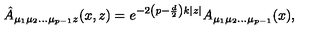
\hat { A } _ { \mu _ { 1 } \mu _ { 2 } \ldots \mu _ { p - 1 } z } ( x , z ) = e ^ { - 2 \left( p - \frac { d } { 2 } \right) k | z | } A _ { \mu _ { 1 } \mu _ { 2 } \ldots \mu _ { p - 1 } } ( x ) ,